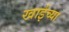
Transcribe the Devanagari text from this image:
खाईच्या